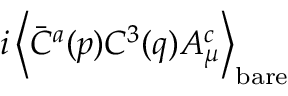
i \left< \bar { C } ^ { a } ( p ) C ^ { 3 } ( q ) A _ { \mu } ^ { c } \right> _ { \mathrm { b a r e } }